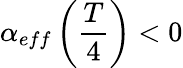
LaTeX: \alpha_{eff}\left(\frac{T}{4}\right)<0